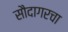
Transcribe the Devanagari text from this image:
सौदागरचा